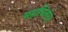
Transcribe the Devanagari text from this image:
महाबिलंदर